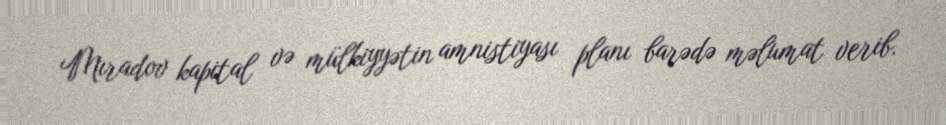
Mıradov kapital və mülkiyyətin amnistiyası planı barədə məlumat verib.